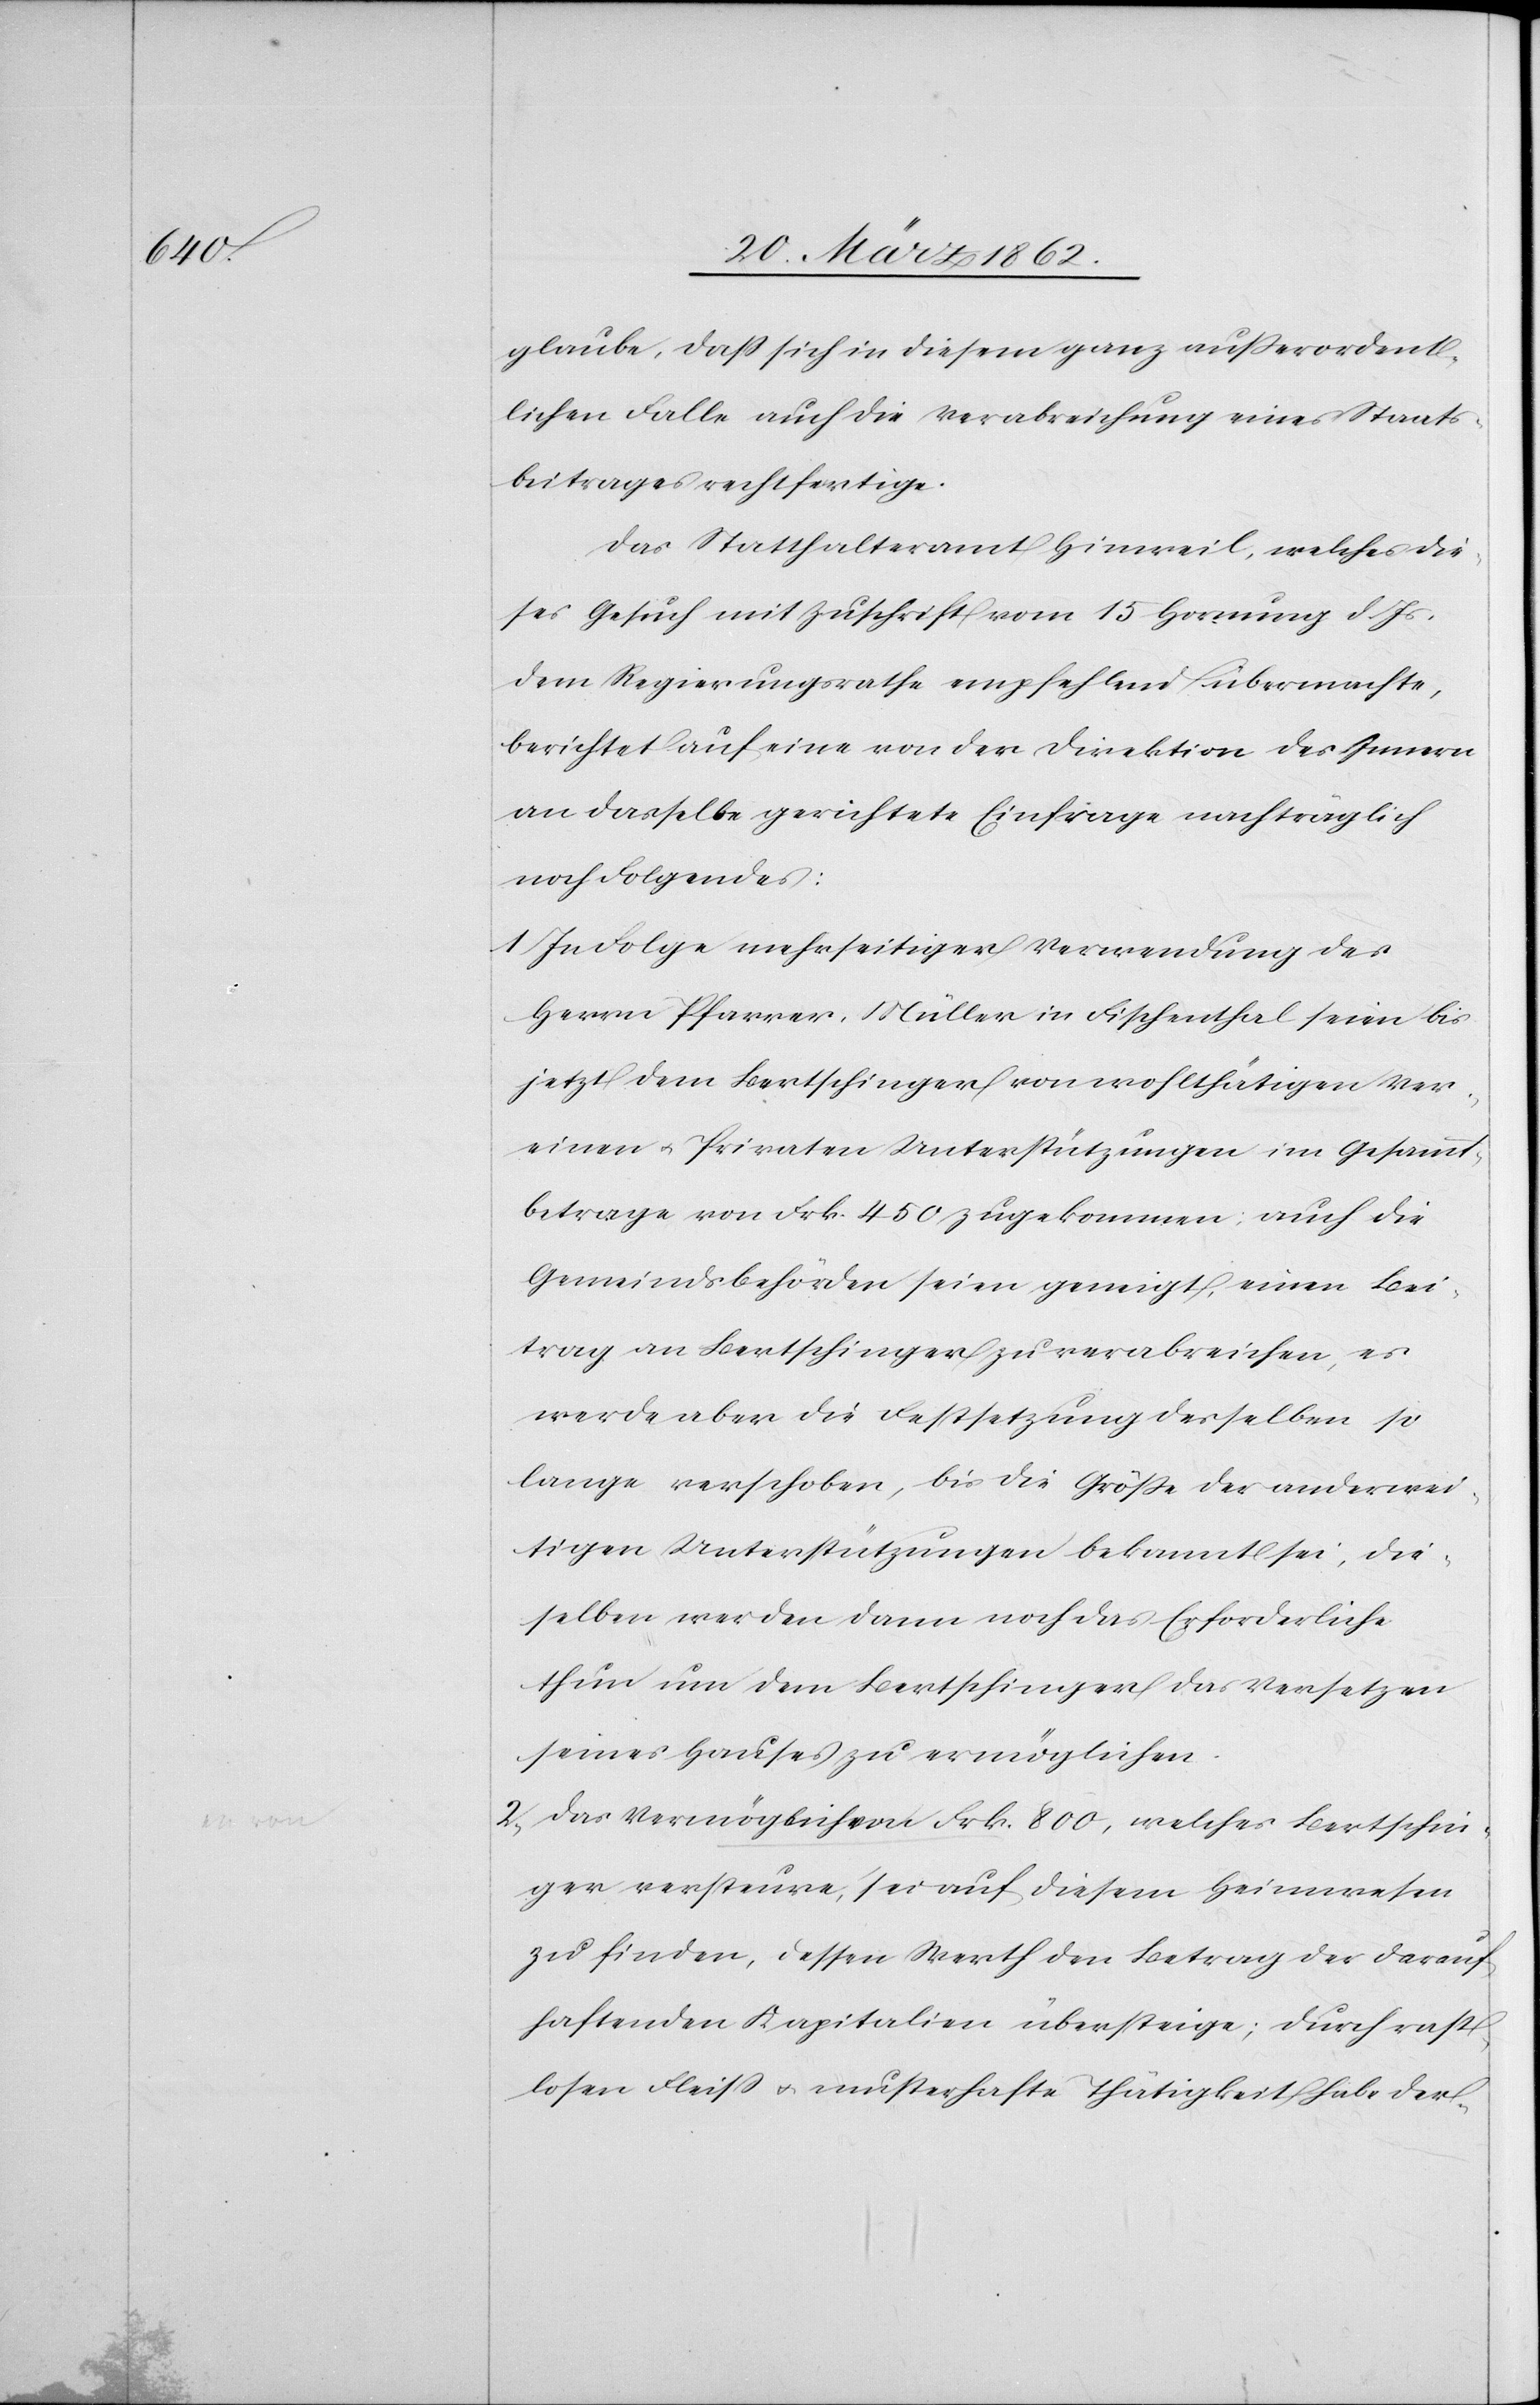
glaube, daß sich in diesem ganz außerordent¬
lichen Falle auch die Verabreichung eines Staats¬
beitrages rechtfertige.
Das Statthalteramt Hinweil, welches die¬
ses Gesuch mit Zuschrift vom 15 Hornung d. Js.
dem Regierungsrathe empfehlend übermachte,
berichtet auf eine von der Direktion des Innern
an dasselbe gerichtete Einfrage nachträglich
noch Folgendes:
1) In Folge mehrseitiger Verwendung des
Herrn Pfarrer Müller in Fischenthal seien bis
jetzt dem Bertschinger von wohlthätigen Ver¬
einen u. Privaten Unterstützungen im Gesammt¬
betrage von Frk. 450 zugekommen; auch die
Gemeindsbehörden seien geneigt, einen Bei¬
trag an Bertschinger zu verabreichen, es
werde aber die Festsetzung desselben so
lange verschoben, bis die Größe der anderwei¬
tigen Unterstützungen bekannt sei, die¬
selben werden dann noch das Erforderliche
thun um dem Bertschinger das Versetzen
seines Hauses zu ermöglichen.
2) Das Vermögen von Frk. 800, welches Bertschin¬
ger versteure, sei auf diesem Heimwesen
zu finden, dessen Werth den Betrag der darauf
haftenden Kapitalien übersteige; durch rast¬
losen Fleiß u. musterhafte Thätigkeit habe der-